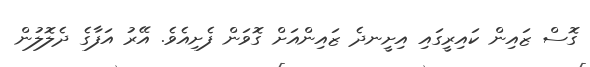
ގޮސް ޒައިން ކައިރީގައި އިށީނދެ ޒައިންއަށް ގޮވަން ފެށިއެވެ. އޭރު އަފާގެ ދެލޮލުން